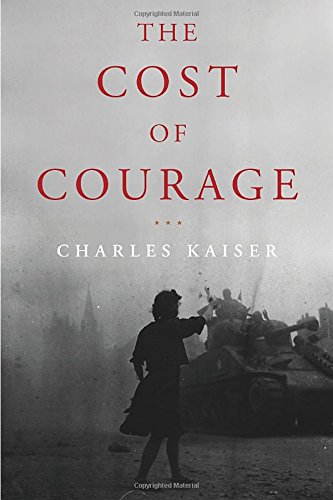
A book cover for The Cost of Courage; Charles Kaiser; Biographies & Memoirs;